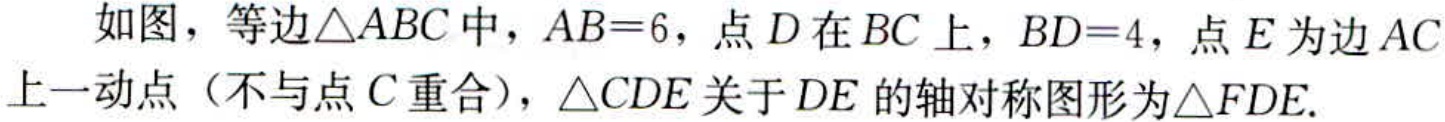
如图，等边$\triangle ABC$中，$AB = 6$，点$D$在$BC$上，$BD = 4$，点$E$为边$AC$上一动点（不与点$C$重合），$\triangle CDE$关于$DE$的轴对称图形为$\triangle FDE$.